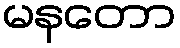
မနတော